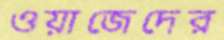
ওয়াজেদের